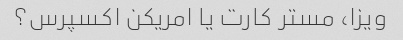
ویزا، مستر کارت یا امریکن اکسپرس؟